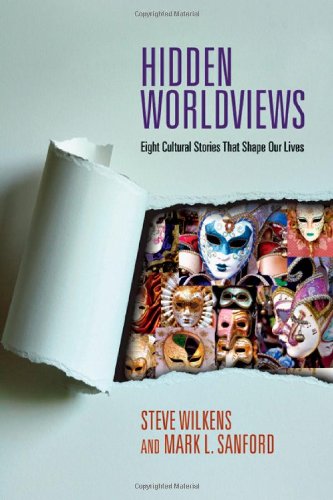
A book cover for Hidden Worldviews: Eight Cultural Stories That Shape Our Lives; Steve Wilkens; Religion & Spirituality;